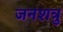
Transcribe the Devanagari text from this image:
जनशत्रु